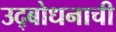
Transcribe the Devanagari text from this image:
उद्बोधनाची